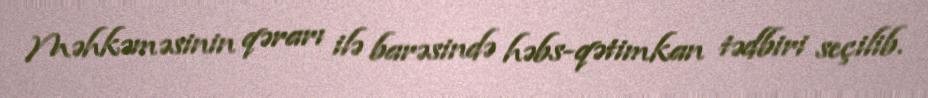
Məhkəməsinin qərarı ilə barəsində həbs-qətimkan tədbiri seçilib.